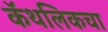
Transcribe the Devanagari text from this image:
कॅथलिकचा